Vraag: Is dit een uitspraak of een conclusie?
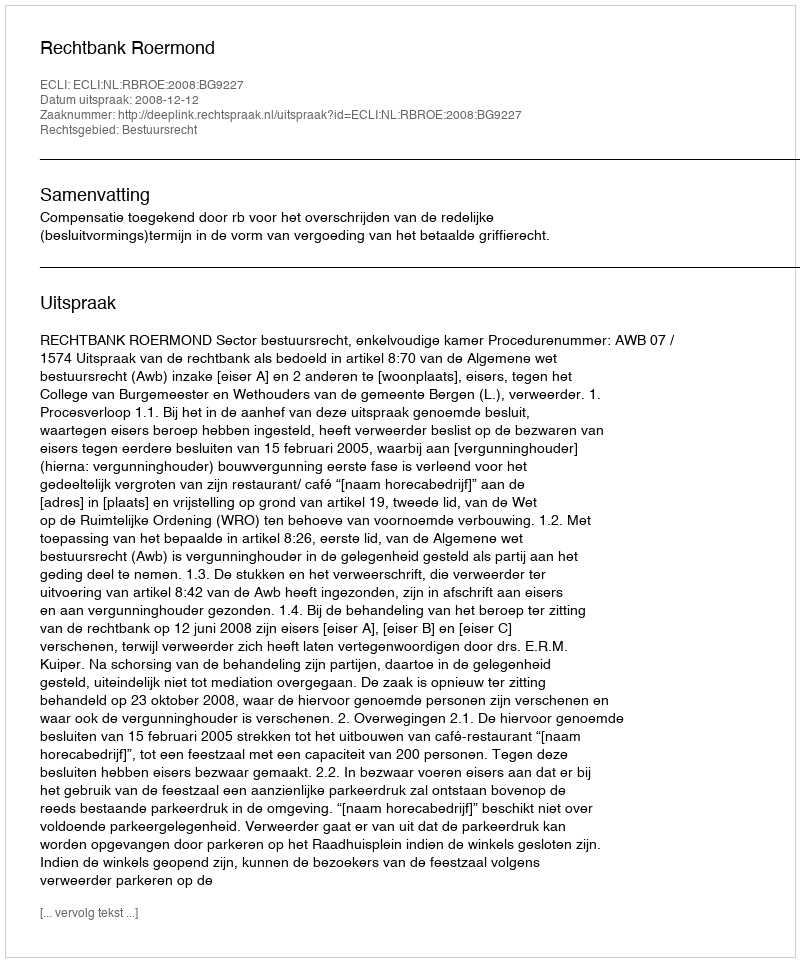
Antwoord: Uitspraak